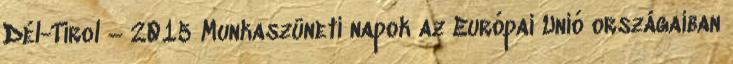
Dél-Tirol – 2015 Munkaszüneti napok az Európai Unió országaiban